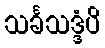
သင်္ခသဒ္ဒံပိ